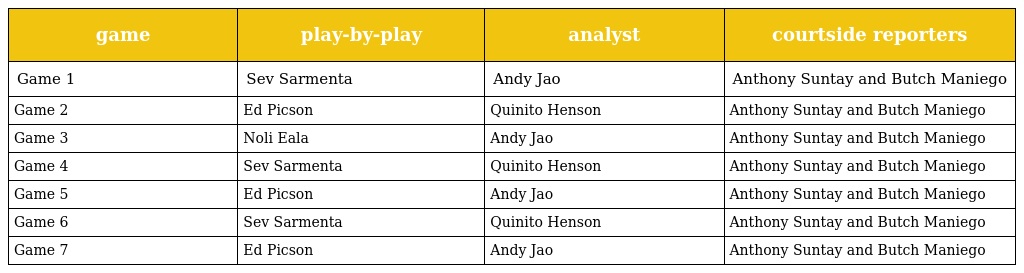
| game | play-by-play | analyst | courtside reporters |
 | --- | --- | --- | --- |
 | Game 1 | Sev Sarmenta | Andy Jao | Anthony Suntay and Butch Maniego |
 | Game 2 | Ed Picson | Quinito Henson | Anthony Suntay and Butch Maniego |
 | Game 3 | Noli Eala | Andy Jao | Anthony Suntay and Butch Maniego |
 | Game 4 | Sev Sarmenta | Quinito Henson | Anthony Suntay and Butch Maniego |
 | Game 5 | Ed Picson | Andy Jao | Anthony Suntay and Butch Maniego |
 | Game 6 | Sev Sarmenta | Quinito Henson | Anthony Suntay and Butch Maniego |
 | Game 7 | Ed Picson | Andy Jao | Anthony Suntay and Butch Maniego |